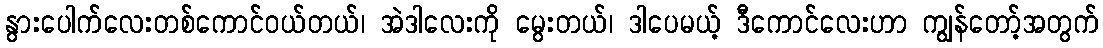
နွားပေါက်လေးတစ်ကောင်ဝယ်တယ်၊ အဲဒါလေးကို မွေးတယ်၊ ဒါပေမယ့် ဒီကောင်လေးဟာ ကျွန်တော့်အတွက်